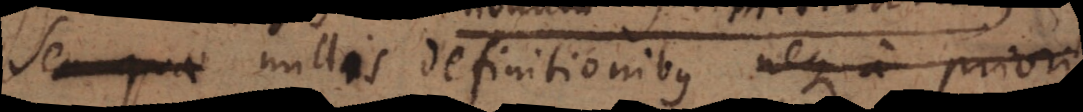
nullis definitionibus